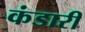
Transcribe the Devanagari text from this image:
कंडारी